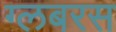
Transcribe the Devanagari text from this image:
ग्लबरस